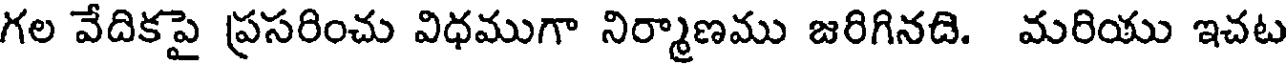
గల వేదికపై ప్రసరించు విధముగా నిర్మాణము జరిగినది. మరియు ఇచట